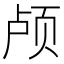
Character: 颅